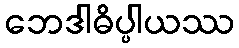
ဘေဒါဓိပ္ပါယဿ